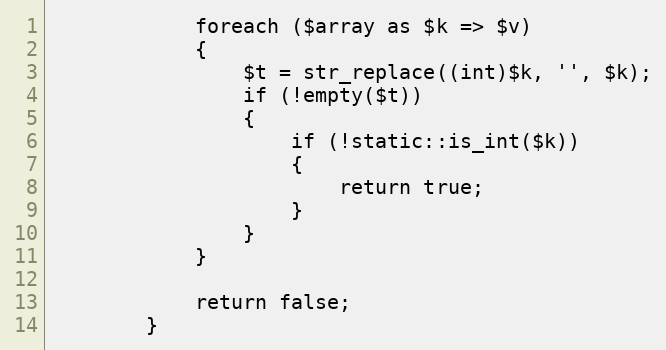
Language: PHP
			foreach ($array as $k => $v)
			{
				$t = str_replace((int)$k, '', $k);
				if (!empty($t))
				{
					if (!static::is_int($k))
					{
						return true;
					}
				}
			}

			return false;
		}